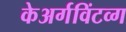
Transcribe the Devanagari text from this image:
केअर्गविंटव्ग